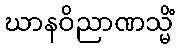
ဃာနဝိညာဏသ္မိံ